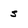
Character: s